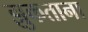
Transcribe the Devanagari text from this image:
झुकताना